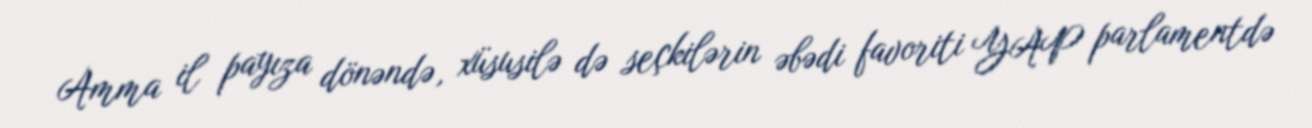
Amma il payıza dönəndə, xüsusilə də seçkilərin əbədi favoriti YAP parlamentdə